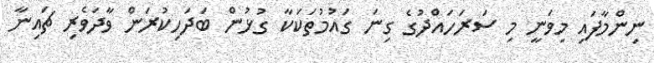
ނިންމާފައި މިވަނީ މި ސަރަހައްދުގެ ގިނަ ގައުމުތަކަކާ ގުޅުން ބަދަހިކުރަން ވާދަވެރި ޗައިނާ